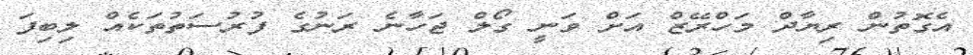
އެގޮތުން ރިޔާދް މަހްރޭޒް އަށް ވަނީ ގޯލް ޖަހާނެ ރަނުގެ ފުރުސަތުތަކެއް ލިބިފަ